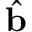
\hat { \textbf { b } }